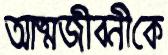
আত্মজীবনীকে